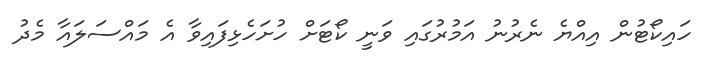
ހައިކޯޓުން އިއްޔެ ނެރުނު އަމުރުގައި ވަނީ ކޯޓަށް ހުށަހެޅިފައިވާ އެ މައްސަލައާ މެދު